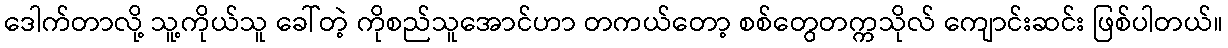
ဒေါက်တာလို့ သူ့ကိုယ်သူ ခေါ်တဲ့ ကိုစည်သူအောင်ဟာ တကယ်တော့ စစ်တွေတက္ကသိုလ် ကျောင်းဆင်း ဖြစ်ပါတယ်။